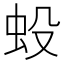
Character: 𧈻